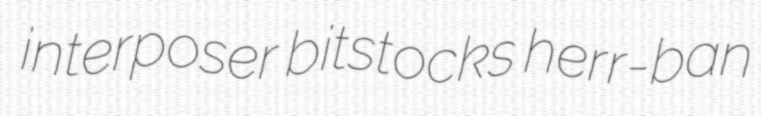
interposer bitstocks herr-ban